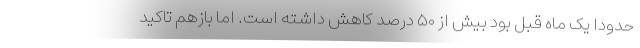
حدودا یک ماه قبل بود بیش از ۵۰ درصد کاهش داشته است. اما بازهم تاکید